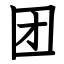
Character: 团